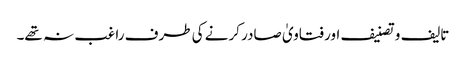
تالیف و تصنیف اور فتاویٰ صادر کرنے کی طرف راغب نہ تھے۔